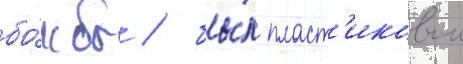
бо́мбы / бы́л пласт'иковои